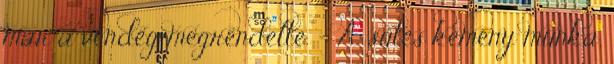
már a vendég megrendelte. – A sütés kemény munka,